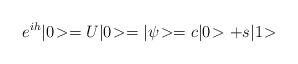
LaTeX: \begin{align*}e^{ih}|0\!> = U|0\!> = |\psi\!> = c|0\!>+s|1\!> \end{align*}